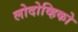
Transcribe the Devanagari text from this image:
लोदोव्हिको